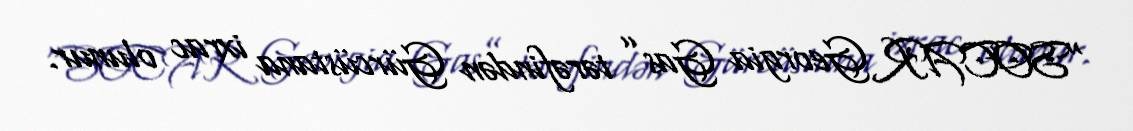
“SOCAR Georgia Gas” tərəfindən Gürcüstana ixrac olunur.